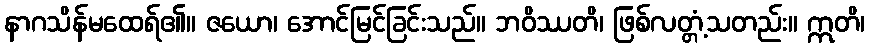
နာဂသိန်မထေရ်၏။ ဇယော၊ အောင်မြင်ခြင်းသည်။ ဘဝိဿတိ၊ ဖြစ်လတ္တံ့သတည်း။ ဣတိ၊